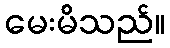
မေးမိသည်။